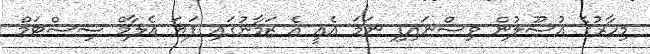
މިހާރުގެ އުސޫލުން ވިސްނައިފި ނަމަ އެއީ އެ ޒަމާނުގައި ފަޔަ އެލާމް ސިސްޓަމް